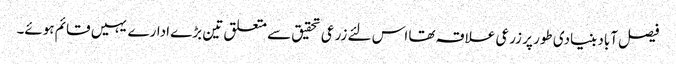
فیصل آباد بنیادی طور پر زرعی علاقہ تھا اس لئے زرعی تحقیق سے متعلق تین بڑے ادارے یہیں قائم ہوئے۔